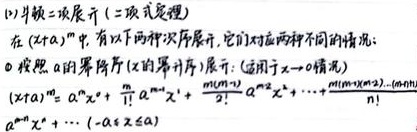
(1) 牛顿二项展开 (二项式定理)在 $(x + a)^m$ 中, 有以下两种次序展开, 它们对应两种不同的情况:
\textcircled{1} 按照 $a$ 的幂序 ($x$ 的幂序) 展开: (适用于 $x\to0$ 情况)
\[(x + a)^m=a^m x^0+\frac{m}{1!}a^{m - 1}x^1+\frac{m(m - 1)}{2!}a^{m - 2}x^2+\cdots+\frac{m(m - 1)\cdots(m - n+1)}{n!}a^{m - n}x^n+\cdots\quad(-|a|\leq x\leq|a|)\]